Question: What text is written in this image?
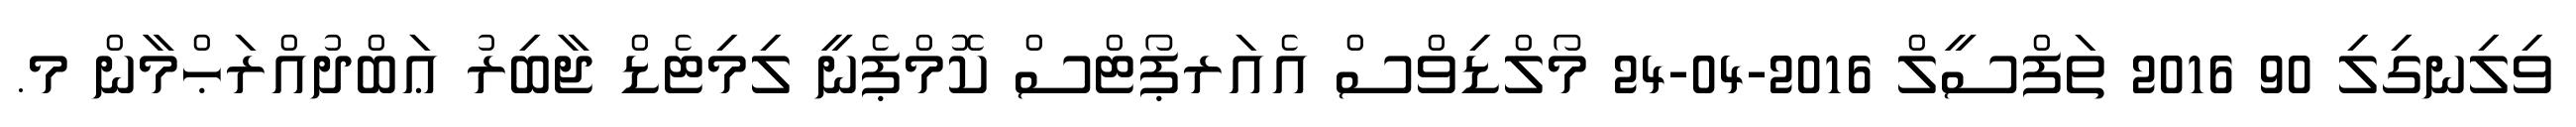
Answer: ވިލިނގިލި 90 2016 ތަފްސީލް 2016-04-24 މޯލްޑިވްސް އެއަރޕޯޓްސް ކޮމްޕެނީ ލިމިޓެޑް ޖާބިރު ޢަބްދުއްރަޙްމާން މ.